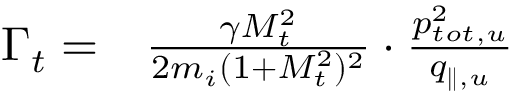
\begin{array} { r l } { \Gamma _ { t } = } & { { } \frac { \gamma M _ { t } ^ { 2 } } { 2 m _ { i } ( 1 + M _ { t } ^ { 2 } ) ^ { 2 } } \cdot \frac { p _ { t o t , u } ^ { 2 } } { q _ { \parallel , u } } } \end{array}